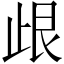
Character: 𣥦